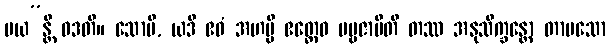
မယ”န္တိ ဝဒတိ။ သောပိ, ယဒိ ဧဝံ အဟမ္ပိ ဧတ္ထေဝ ပဗ္ဗဇာမီတိ တဿ အနုသိက္ခန္တော တာပသော